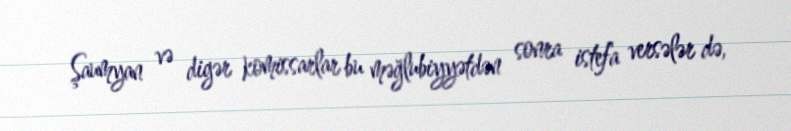
Şaumyan və digər komissarlar bu məğlubiyyətdən sonra istefa versələr də,